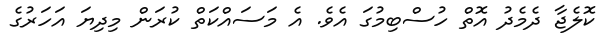
ކޮލެޖާ ދެމެދު އޮތް ހުސްބިމުގަ އެވެ. އެ މަސައްކަތް ކުރަން މިދިޔަ އަހަރުގެ